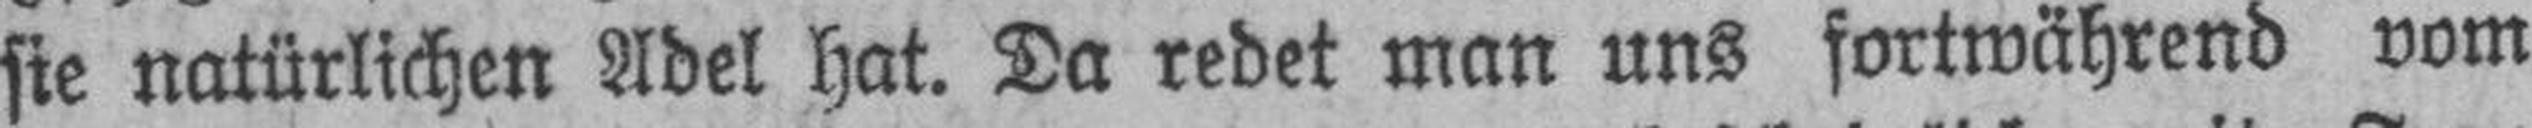
sie natürlichen Adel hat. Da redet man uns fortwährend vom